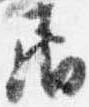
居